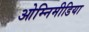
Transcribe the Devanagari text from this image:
ओम्‍निमीडिया